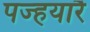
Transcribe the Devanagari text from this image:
पज्हयारै